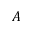
A